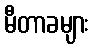
မီတာခများ